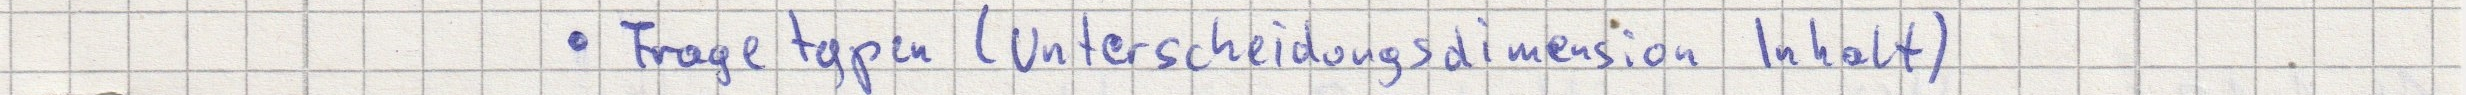
- Fragetypen (Unterscheidungsdimension Inhalt)